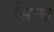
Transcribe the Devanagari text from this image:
सिन्थ